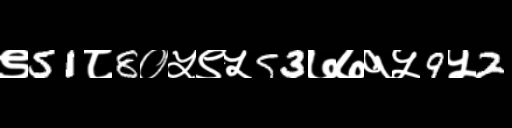
Text: ९51८8०५९५53७७१५9५2